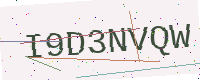
Text: I9D3NVQW